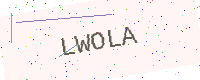
Text: LWOLA